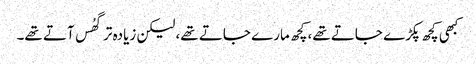
کبھی کچھ پکڑے جاتے تھے، کچھ مارے جاتے تھے، لیکن زیادہ تر گھُس آتے تھے۔